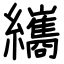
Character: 纗